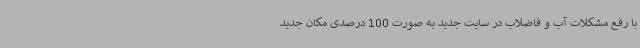
با رفع مشکلات آب و فاضلاب در سایت جدید به صورت 100 درصدی مکان جدید